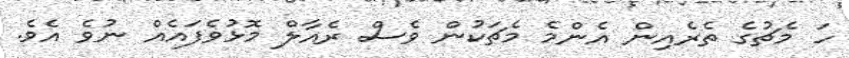
ހަ މެޗުގެ ތެެރެއިން އެންމެ މެޗަކުން ވެސް ރެއާލް މޮޅުވެފައެއް ނުވެ އެވެ.